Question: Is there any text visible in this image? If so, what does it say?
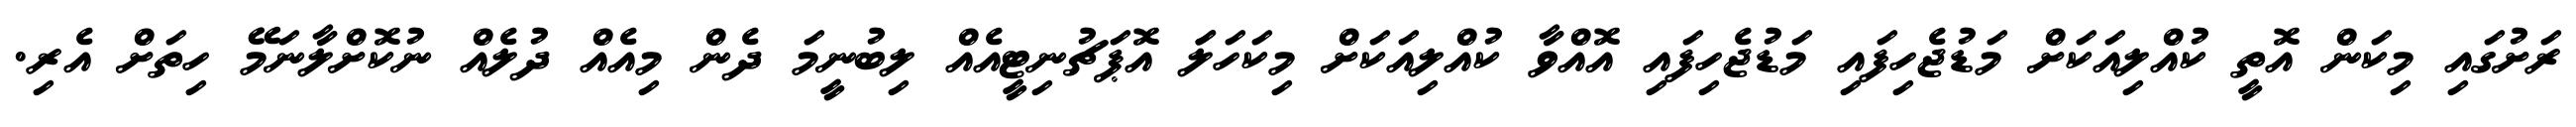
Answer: ރަށުގައި މިކަން އޮތީ ކުއްލިއަކަށް މަޑުޖެހިފައި މަޑުޖެހިފައި އޮއްވާ ކުއްލިއަކަށް މިކަހަލަަ އޮޕަޗުނިޓީއެއް ލިބުނީމަ ދެން މިއެއް ދުލެއް ނުކޮށްލާނަމޭ ހިތަށް އެރި.